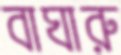
বাঘারু